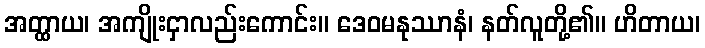
အတ္ထာယ၊ အကျိုးငှာလည်းကောင်း။ ဒေဝမနုဿာနံ၊ နတ်လူတို့၏။ ဟိတာယ၊